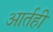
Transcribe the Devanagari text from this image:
आर्तही